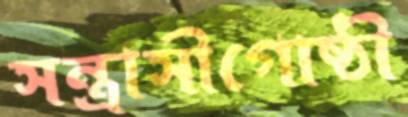
সন্ত্রাসীগোষ্ঠী